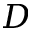
D